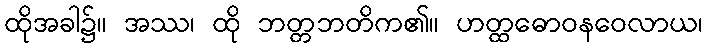
ထိုအခါ၌။ အဿ၊ ထို ဘတ္တဘတိက၏။ ဟတ္ထဓောဝနဝေလာယ၊